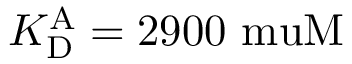
{ K _ { \mathrm { D } } ^ { \mathrm { A } } } = 2 9 0 0 \mathrm { \ m u M }